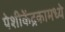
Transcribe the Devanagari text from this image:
पेशीकेंद्रकामध्ये